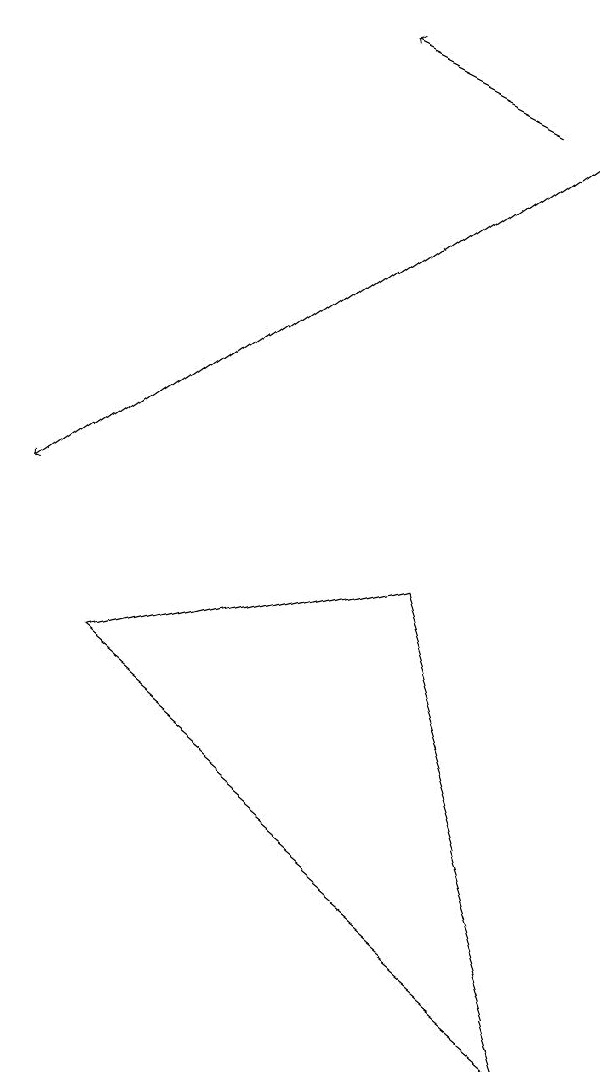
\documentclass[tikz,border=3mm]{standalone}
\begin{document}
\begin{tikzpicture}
\draw[->] (9,15) -- (2,10);
\draw[->] (8,15) -- (6,16);
\draw (9,3) -- (3,8) -- (7,9) -- cycle;
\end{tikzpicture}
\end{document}